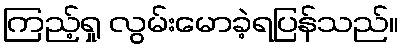
ကြည့်ရှု လွမ်းမောခဲ့ရပြန်သည်။